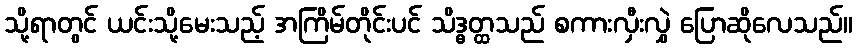
သို့ရာတွင် ယင်းသို့မေးသည့် အကြိမ်တိုင်းပင် သိဒ္ဓတ္ထသည် စကားလှီးလွှဲ ပြောဆိုလေသည်။